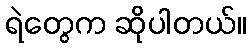
ရဲတွေက ဆိုပါတယ်။